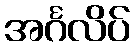
အင်္ဂလိပ်